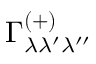
\Gamma _ { \lambda \lambda ^ { \prime } \lambda ^ { \prime \prime } } ^ { ( + ) }